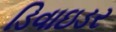
ડિવાઇડર